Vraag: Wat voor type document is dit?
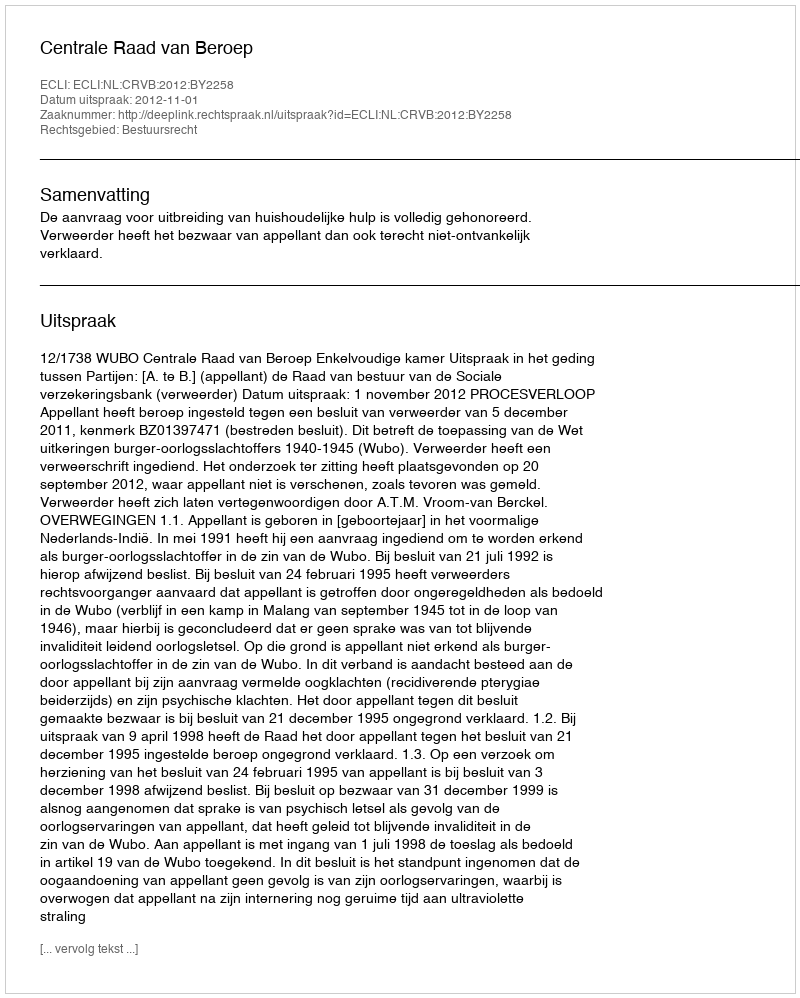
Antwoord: Uitspraak